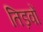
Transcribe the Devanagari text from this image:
तिड़वों